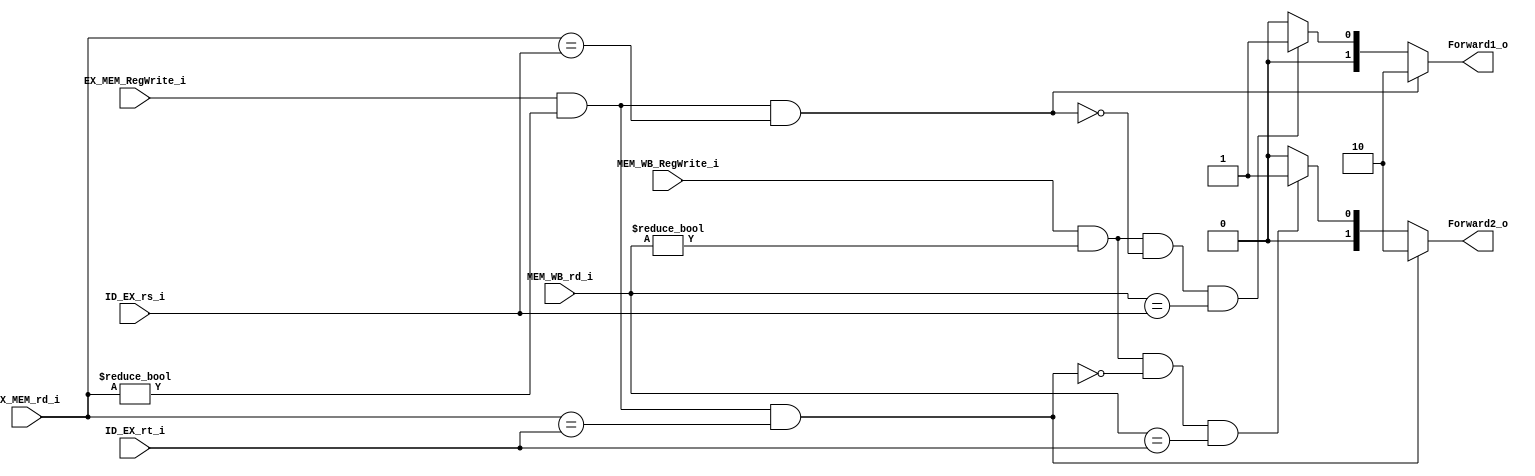
`timescale 1ns / 1ps
//w0111279
//////////////////////////////////////////////////////////////////////////////////
// Company: 
// Engineer: 
// 
// Design Name: 
// Module Name:    Forwarding_Unit 
// Project Name: 
// Target Devices: 
// Tool versions: 
// Description: 
//
// Dependencies: 
//
// Revision: 
// Revision 0.01 - File Created
// Additional Comments: 
//
//////////////////////////////////////////////////////////////////////////////////
module Forwarding_Unit(
			EX_MEM_RegWrite_i,
			EX_MEM_rd_i,
			MEM_WB_RegWrite_i,
			MEM_WB_rd_i,
			ID_EX_rs_i,
			ID_EX_rt_i,
			Forward1_o,
			Forward2_o
		);

input [5-1:0] 		 MEM_WB_rd_i,EX_MEM_rd_i,ID_EX_rs_i,ID_EX_rt_i;
input  		  		 EX_MEM_RegWrite_i,MEM_WB_RegWrite_i;

output reg [2-1:0] Forward1_o,Forward2_o;

always@( * )begin

	//forward rs
	if(EX_MEM_RegWrite_i && (EX_MEM_rd_i!=5'b00000) && (EX_MEM_rd_i==ID_EX_rs_i)) //from EX_MEM
		Forward1_o=2'b10;
	else if(MEM_WB_RegWrite_i && (MEM_WB_rd_i!=5'b00000) && (~(EX_MEM_RegWrite_i && (EX_MEM_rd_i!=5'b00000) && (EX_MEM_rd_i==ID_EX_rs_i))) && (MEM_WB_rd_i==ID_EX_rs_i)) //from MEM_WB
		Forward1_o=2'b01;
	else //from Reg File
		Forward1_o=2'b00;
	
	//forward rt
	if(EX_MEM_RegWrite_i && (EX_MEM_rd_i!=5'b00000) && (EX_MEM_rd_i==ID_EX_rt_i)) //from EX_MEM
		Forward2_o=2'b10;
	else if(MEM_WB_RegWrite_i && (MEM_WB_rd_i!=5'b00000) && (~(EX_MEM_RegWrite_i && (EX_MEM_rd_i!=5'b00000) && (EX_MEM_rd_i==ID_EX_rt_i))) && (MEM_WB_rd_i==ID_EX_rt_i)) //from MEM_WB
		Forward2_o=2'b01;
	else //from Reg File
		Forward2_o=2'b00;
end

endmodule